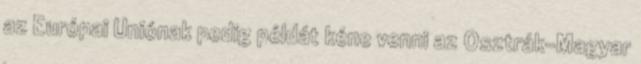
az Európai Uniónak pedig példát kéne venni az Osztrák–Magyar